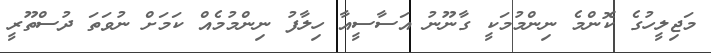
މަޖިލީހުގެ ކޮންމެ ނިންމުމަކީ ގާނޫނު އަސާސީއާ ހިލާފު ނިންމުމެއް ކަމަށް ނުވަތަ ދުސްތޫރީ